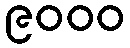
၉၀၀၀